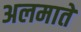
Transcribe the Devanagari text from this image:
अलमाते